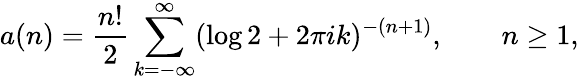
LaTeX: a(n)={\frac{n!}{2}}\sum_{k=-\infty}^{\infty}(\log 2+2\pi ik)^{-(n+1)},\qquad n\geq 1,